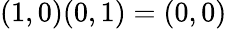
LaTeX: (1,0)(0,1)=(0,0)